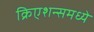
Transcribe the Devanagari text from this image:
क्रिएशन्समध्ये